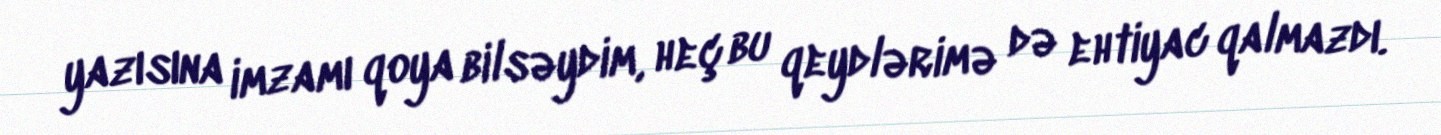
yazısına imzamı qoya bilsəydim, heç bu qeydlərimə də ehtiyac qalmazdı.